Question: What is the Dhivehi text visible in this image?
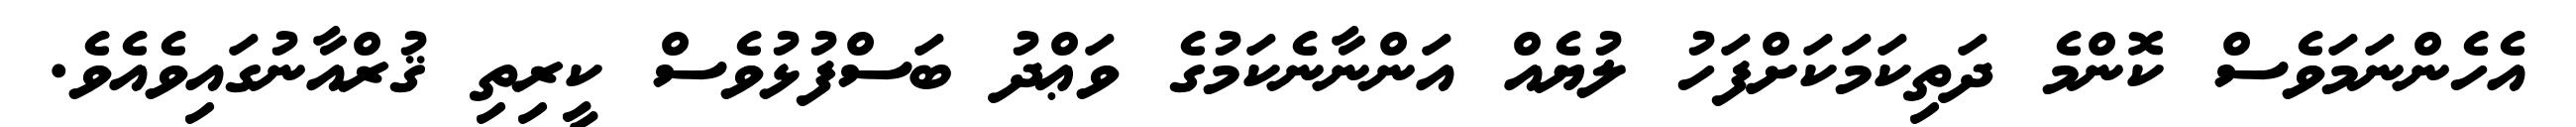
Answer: އެހެންނަމަވެސް ކޮންމެ ދަތިކަމަކަށްފަހު ލުޔެއް އަންނާނެކަމުގެ ވަޢްދު ބަސްފުޅުވެސް ކީރިތި ޤުރްއާނުގައިވެއެވެ.